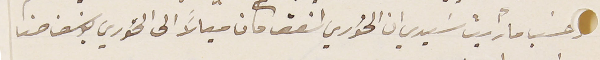
حسَب ما رأيت سَيدي ان الخوري  اسْفق كان ميالًا الى الخوري يوسَف حنا